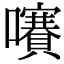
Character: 㘔